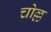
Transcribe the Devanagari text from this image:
चोल्ल